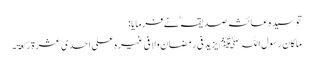
تو سیدہ عائشہ صدیقہ ؓ نے فرمایا:
ماکان رسول اللہ ﷺ یزید فی رمضان ولا فی غیرہ علی احدی عشرۃ رکعۃ۔